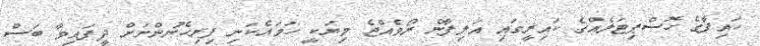
ހައިފާގެ ހޮސްޕިޓަލެއްގެ ކައިރީގައި އަލިފާން ރޯވެއްޖެ މިޔަކީ ހަމައެކަނި ފިރިހެނުންނަށް ދީފައިވާ ބަސް